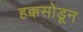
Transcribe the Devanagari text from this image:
हक्कसोडून